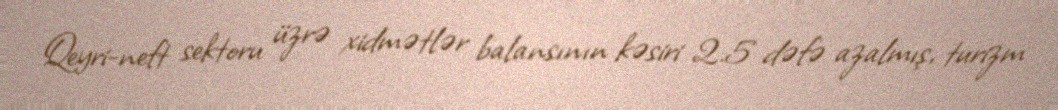
Qeyri-neft sektoru üzrə xidmətlər balansının kəsiri 2.5 dəfə azalmış, turizm